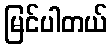
မြင်ပါတယ်